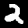
Digit: 2